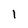
Character: 1